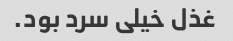
غذل خیلی سرد بود.